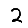
Digit: 2